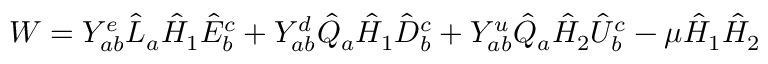
W = Y _ { a b } ^ { e } \hat { L } _ { a } \hat { H } _ { 1 } \hat { E } _ { b } ^ { c } + Y _ { a b } ^ { d } \hat { Q } _ { a } \hat { H } _ { 1 } \hat { D } _ { b } ^ { c } + Y _ { a b } ^ { u } \hat { Q } _ { a } \hat { H } _ { 2 } \hat { U } _ { b } ^ { c } - \mu \hat { H } _ { 1 } \hat { H } _ { 2 }